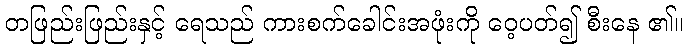
တဖြည်းဖြည်းနှင့် ရေသည် ကားစက်ခေါင်းအဖုံးကို ဝေ့ပတ်၍ စီးနေ ၏။